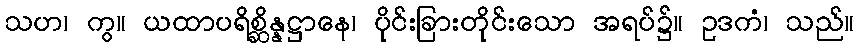
သဟ၊ ကွ။ ယထာပရိစ္ဆိန္နဋ္ဌာနေ၊ ပိုင်းခြားတိုင်းသော အရပ်၌။ ဥဒကံ၊ သည်။